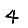
Digit: 4